Report of the Indian Hemp Drugs Commission, 1894-1895 - Volume III
Year: 1894
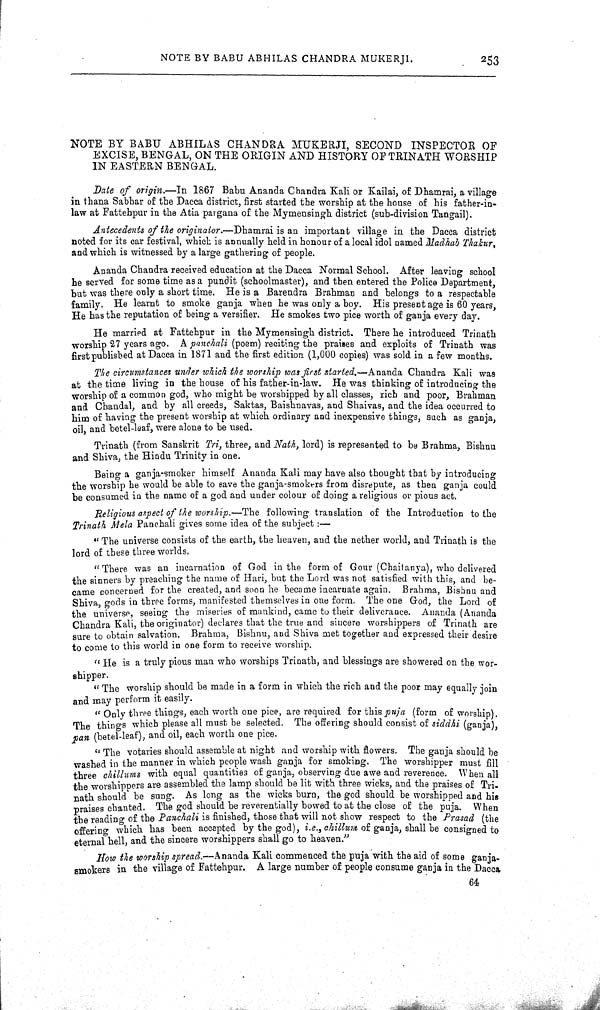
NOTE BY BABU ABHILAS CHANDRA MUKERJI.
253
NOTE BY BABU ABHILAS CHANDRA MUKERJI, SECOND INSPECTOR OF
EXCISE, BENGAL, ON THE ORIGIN AND HISTORY OF TRINATH WORSHIP
IN EASTERN BENGAL.
Date of origin.—In 1867 Babu Ananda Chandra Kali or Kailai, of Dhamrai, a village
in thana Sabhar of the Dacca district, first started the worship at the house of his father-in-
law at Fattehpur in the Atia pargana of the Mymensingh district (sub-division Tangail).
Antecedents of the originator.—Dhamrai is an important village in the Dacca district
noted for its car festival, which is annually held in honour of a local idol named Madhab Thakur,
and which is witnessed by a large gathering of people.
Ananda Chandra received education at the Dacca Normal School. After leaving school
he served for some time as a pundit (schoolmaster), and then entered the Police Department,
but was there only a short time. He is a Barendra Brahman and belongs to a respectable
family. He learnt to smoke ganja when he was only a boy. His present age is 60 years,
He has the reputation of being a versifier. He smokes two pice worth of ganja every day.
He married at Fattehpur in the Mymensingh district. There he introduced Trinath
worship 27 years ago. A panchali (poem) reciting the praises and exploits of Trinath was
first published at Dacca in 1871 and the first edition (1,000 copies) was sold in a few months.
The circumstances under which the worship was first started.—Ananda Chandra Kali was
at the time living in the house of his father-in-law. He was thinking of introducing the
worship of a common god, who might be worshipped by all classes, rich and poor, Brahman
and Chandal, and by all creeds, Saktas, Baishnavas, and Shaivas, and the idea occurred to
him of having the present worship at which ordinary and inexpensive things, such as ganja,
oil, and betel-leaf, were alone to be used.
Trinath (from Sanskrit Tri, three, and Nath, lord) is represented to be Brahma, Bishnu
and Shiva, the Hindu Trinity in one.
Being a ganja-smoker himself Ananda Kali may have also thought that by introducing
the worship he would be able to save the ganja-smokers from disrepute, as then ganja could
be consumed in the name of a god and under colour of doing a religious or pious act.
Religious aspect of the worship.—The following translation of the Introduction to the
Trinath Mela Panchali gives some idea of the subject:—
"The universe consists of the earth, the heaven, and the nether world, and Trinath is the
lord of these three worlds.
"There was an incarnation of God in the form of Gour (Chaitanya), who delivered
the sinners by preaching the name of Hari, but the Lord was not satisfied with this, and be-
came concerned for the created, and soon he became incarnate again. Brahma, Bishnu and
Shiva, gods in three forms, manifested themselves in one form. The one God, the Lord of
the universe, seeing the miseries of mankind, came to their deliverance. Ananda (Ananda
Chandra Kali, the originator) declares that the true and sincere worshippers of Trinath are
sure to obtain salvation. Brahma, Bishnu, and Shiva met together and expressed their desire
to come to this world in one form to receive worship.
"He is a truly pious man who worships Trinath, and blessings are showered on the wor-
shipper.
"The worship should be made in a form in which the rich and the poor may equally join
and may perform it easily.
"Only three things, each worth one pice, are required for this puja (form of worship).
The things which please all must be selected. The offering should consist of siddhi (ganja),
pan (betel-leaf), and oil, each worth one pice.
"The votaries should assemble at night and worship with flowers. The ganja should be
washed in the manner in which people wash ganja for smoking. The worshipper must fill
three chillums with equal quantities of ganja, observing due awe and reverence. When all
the worshippers are assembled the lamp should be lit with three wicks, and the praises of Tri-
nath should be sung. As long as the wicks burn, the god should be worshipped and his
praises chanted. The god should be reverentially bowed to at the close of the puja. When
the reading of the Panchali is finished, those that will not show respect to the Prasad (the
offering which has been accepted by the god), i.e., chillum of ganja, shall be consigned to
eternal hell, and the sincere worshippers shall go to heaven."
How the worship spread.—Ananda Kali commenced the puja with the aid of some ganja-
smokers in the village of Fattehpur. A large number of people consume ganja in the Dacca
64